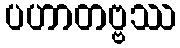
ပဟာတဗ္ဗဿ